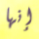
إنها